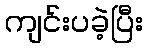
ကျင်းပခဲ့ပြီး